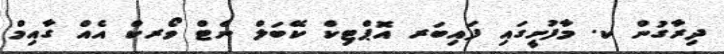
ދިރާގުން ކ. މާފުށީގައި ފައިބަރ އޮޕްޓިކް ކޭބަލް ނެޓް ވޯރކް އެއް ގާއިމް